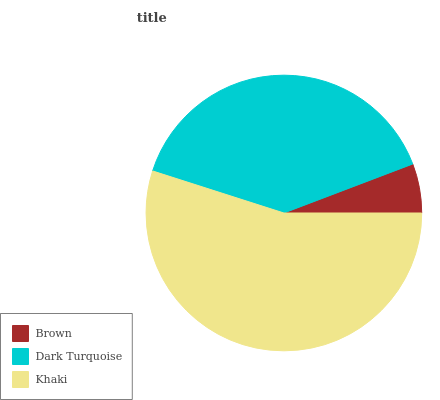
| Brown | Dark Turquoise | Khaki |
 | --- | --- | --- |
 | 5.78% | 39.3% | 54.9% |